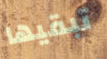
تبقيها